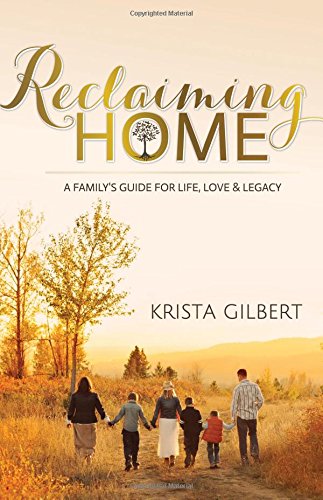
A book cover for Reclaiming Home: The Family's Guide for Life, Love and Legacy; Krista Gilbert; Parenting & Relationships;